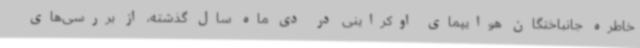
خاطره جانباختگان هوایپمای اوکراینی در دی ماه سال گذشته، از بررسی‌های